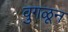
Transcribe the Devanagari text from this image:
वुगळून